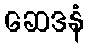
ဆေဒနံ